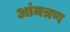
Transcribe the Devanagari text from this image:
आंमत्रण